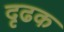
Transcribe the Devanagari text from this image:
दृढक